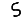
Digit: 5